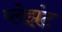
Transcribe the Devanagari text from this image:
प्लेझंट